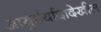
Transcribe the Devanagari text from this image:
आयुर्मर्यादादेखील